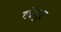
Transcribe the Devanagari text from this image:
लॅगुर